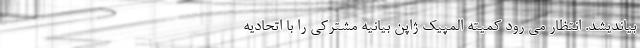
بیاندیشد. انتظار می رود کمیته المپیک ژاپن بیانیه مشترکی را با اتحادیه